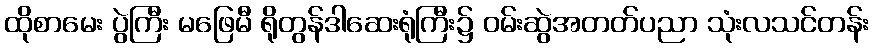
ထိုစာမေး ပွဲကြီး မဖြေမီ ရိုတွန်ဒါဆေးရုံကြီး၌ ဝမ်းဆွဲအတတ်ပညာ သုံးလသင်တန်း